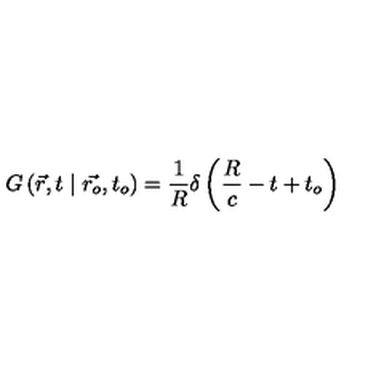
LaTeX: G \left( \vec { r } , t \mid \vec { r _ { o } } , t _ { o } \right) = \frac { 1 } { R } \delta \left( \frac { R } { c } - t + t _ { o } \right)